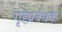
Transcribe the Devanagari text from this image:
गृह्प्रबंधक